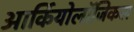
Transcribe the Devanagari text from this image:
आर्कियोलॉजिकल